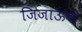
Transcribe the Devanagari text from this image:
जिजाऊंचे